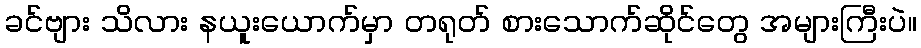
ခင်ဗျား သိလား နယူးယောက်မှာ တရုတ် စားသောက်ဆိုင်တွေ အများကြီးပဲ။